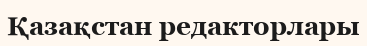
Қазақстан редакторлары